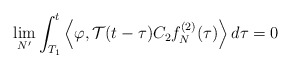
\begin{align*}\lim_{N^\prime}\int_{T_1}^t \left<\varphi, \mathcal{T} (t-\tau) C_2 f_N^{(2)} (\tau) \right> d\tau= 0\end{align*}